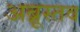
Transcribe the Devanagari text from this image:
अब्रूस्तव